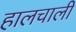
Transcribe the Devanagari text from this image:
हालचालीं